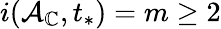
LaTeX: i(\mathcal{A}_{\mathbb{C}},t_{*})=m\ge 2